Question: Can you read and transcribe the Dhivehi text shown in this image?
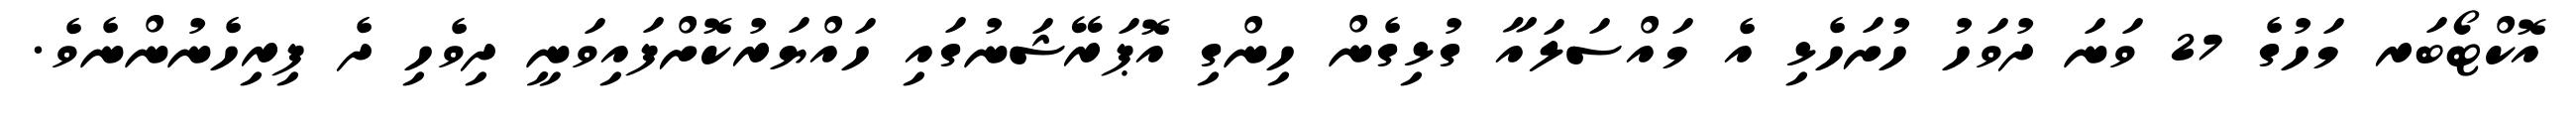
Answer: އޮކްޓޯބަރ މަހުގެ 27 ވަނަ ދުވަހު ހުށަހެޅި އެ މައްސަލައާ ގުޅިގެން ހިންގި އޮޕަރޭޝަނުގައި ހައްޔަރުކޮށްފައިވަނީ ދިވެހި ދެ ފިރިހެނުންނެވެ.